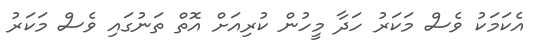
އެކަމަކު ވެސް މަކަރު ހަދާ މީހުން ކުރިއަށް އޮތް ތަނުގައި ވެސް މަކަރު